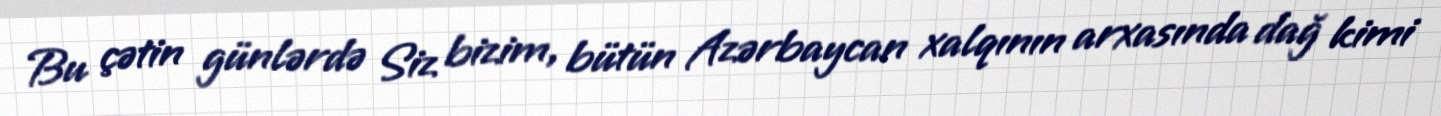
Bu çətin günlərdə Siz bizim, bütün Azərbaycan xalqının arxasında dağ kimi